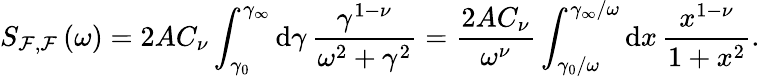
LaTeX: S_{\mathcal{F},\mathcal{F}}\left(\omega\right)=2AC_{\nu}\int_{\gamma_{0}}^{\gamma_{\infty}}\mathrm{d}\gamma\, \frac{\gamma^{1-\nu}}{\omega^{2}+\gamma^{2}}=\frac{2AC_{\nu}}{\omega^{\nu}}\int_{\gamma_{0}/\omega}^{\gamma_{\infty}/\omega}\mathrm{d}x\, \frac{x^{1-\nu}}{1+x^{2}}.